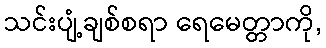
သင်းပျံ့ချစ်စရာ ရေမေတ္တာကို,